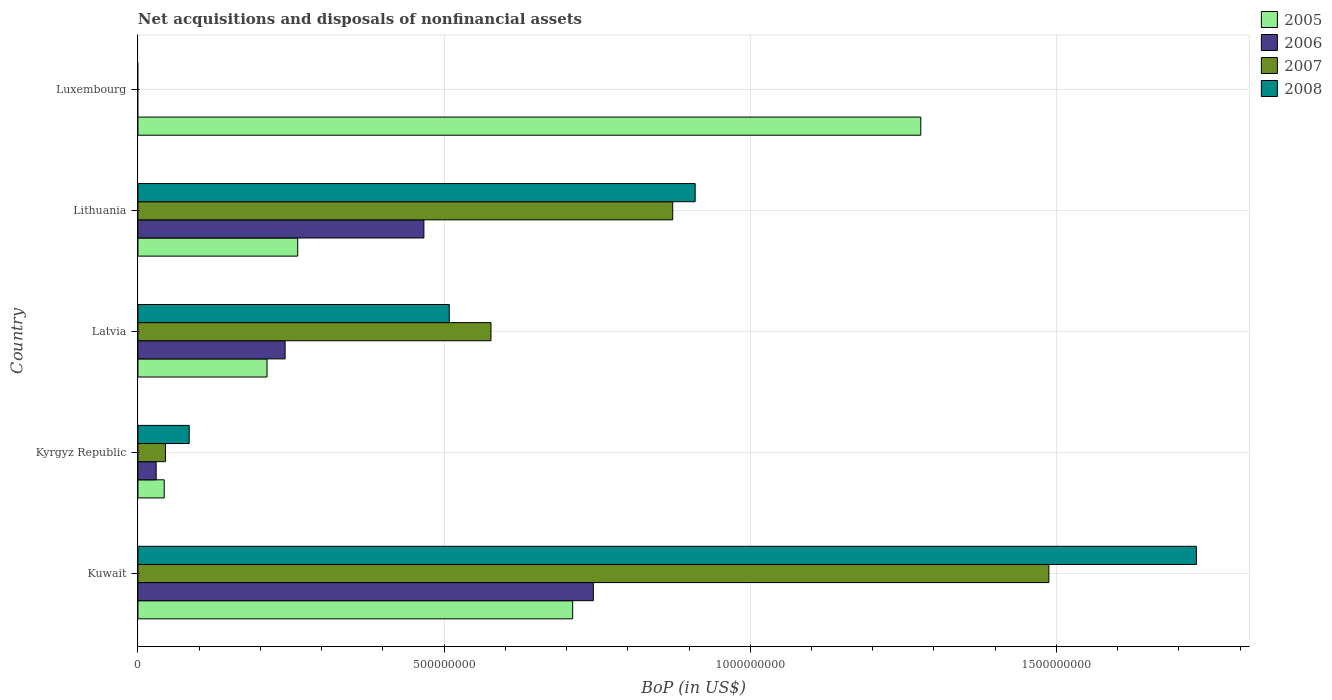
| Country | 2005 | 2006 | 2007 | 2008 |
 | --- | --- | --- | --- | --- |
 | Kuwait | 7.1e+08 | 7.44e+08 | 1.49e+09 | 1.73e+09 |
 | Kyrgyz Republic | 4.29e+07 | 2.97e+07 | 4.49e+07 | 8.37e+07 |
 | Latvia | 2.11e+08 | 2.4e+08 | 5.77e+08 | 5.08e+08 |
 | Lithuania | 2.61e+08 | 4.67e+08 | 8.73e+08 | 9.1e+08 |
 | Luxembourg | 1.28e+09 | -3.06e+08 | -1.99e+08 | -3.65e+08 |